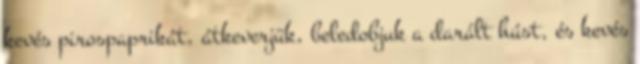
kevés pirospaprikát, átkeverjük, beledobjuk a darált húst, és kevés